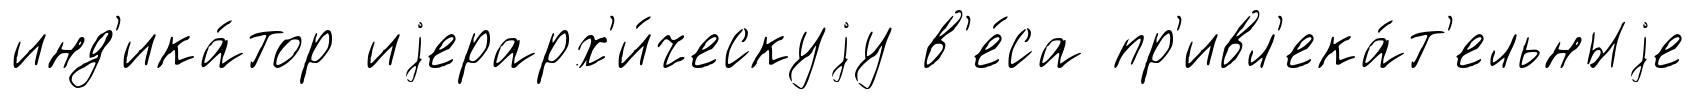
инд'ика́тор иjерарх'и́ческуjу в'е́са пр'ивл'ека́т'ельныjе